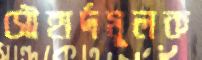
সৌহার্দমূলক